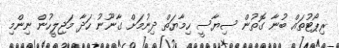
ރިޕޯޓުތައް ބުނާ ގޮތުން ސިޔާސީ ހިމާޔަތް ދިނުމަށް ގާނޫނު ހަދާ މަޖިލީހުން ނިންމި